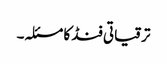
ترقیاتی فنڈ کا مسئلہ۔